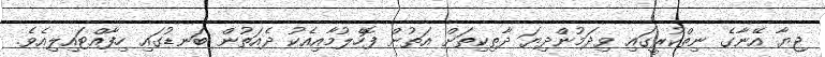
ޖިޔާ އޭނާގެ ނިތްކުރީގައި ވިދަމުންދިޔަ ދާތިކިތަށް އަތުން ފޮހެލުމާއިއެކު ދެއަތުން ބަނޑުގައި ހިފާއްޓައިލިއެވެ.